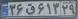
۳۶ق۶۱۳۲۹